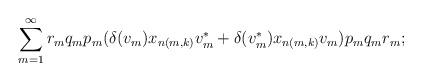
LaTeX: \begin{align*}\sum_{m=1}^\infty r_mq_mp_m(\delta(v_m)x_{n(m,k)}v_m^*+\delta(v_m^*)x_{n(m,k)}v_m)p_mq_mr_m; \end{align*}